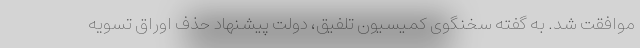
موافقت شد. به گفته سخنگوی کمیسیون تلفیق، دولت پیشنهاد حذف اوراق تسویه